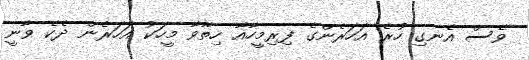
ވެސް އެނގި ހުރެ އަހަރެންގެ ފިރިމީހާއާ ހިތާވާ މީހަކު އަހަރެން ދެކެ ވާނީ